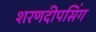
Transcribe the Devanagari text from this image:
शरणदीपसिंग